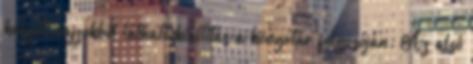
készült rajzokból látható kiállítás a könyvtár folyosóján. Az alsó